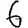
Digit: 6